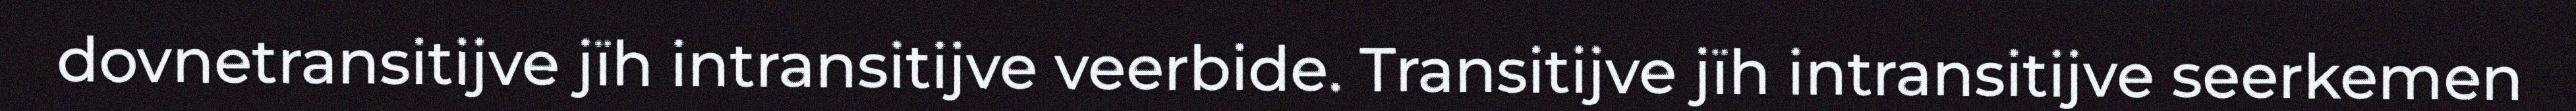
dovnetransitijve jïh intransitijve veerbide. Transitijve jïh intransitijve seerkemen